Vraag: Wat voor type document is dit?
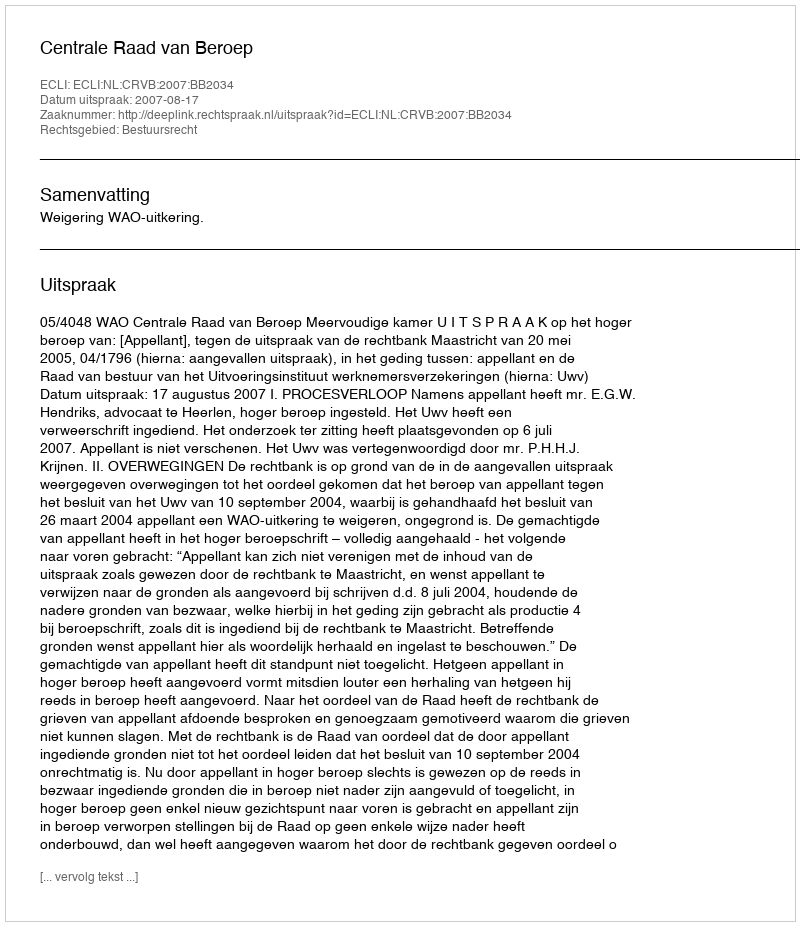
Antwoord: Uitspraak